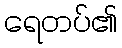
ရေတပ်၏